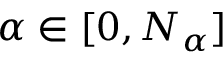
\alpha \in [ 0 , N _ { \alpha } ]